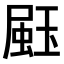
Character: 𤧤